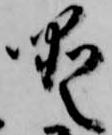
噯